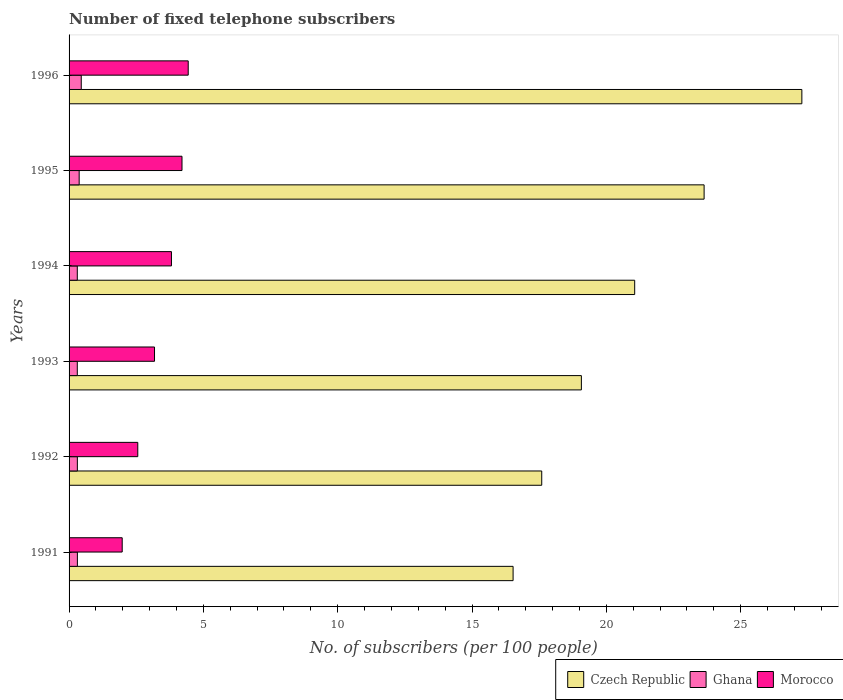
| Years | Czech Republic | Ghana | Morocco |
 | --- | --- | --- | --- |
 | 1991 | 16.5 | 0.31 | 1.98 |
 | 1992 | 17.6 | 0.309 | 2.56 |
 | 1993 | 19.1 | 0.306 | 3.18 |
 | 1994 | 21.1 | 0.306 | 3.81 |
 | 1995 | 23.6 | 0.376 | 4.2 |
 | 1996 | 27.3 | 0.454 | 4.44 |